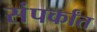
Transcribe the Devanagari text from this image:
संपर्कांत